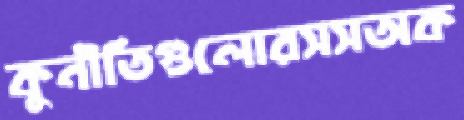
কুনীতিগুলোরসসঅক